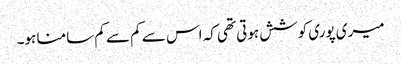
میری پوری کوشش ہوتی تھی کہ اس سے کم سے کم سامنا ہو۔